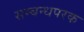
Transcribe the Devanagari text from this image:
सम्बन्धपरक